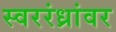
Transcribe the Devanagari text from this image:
स्वररंध्रांवर